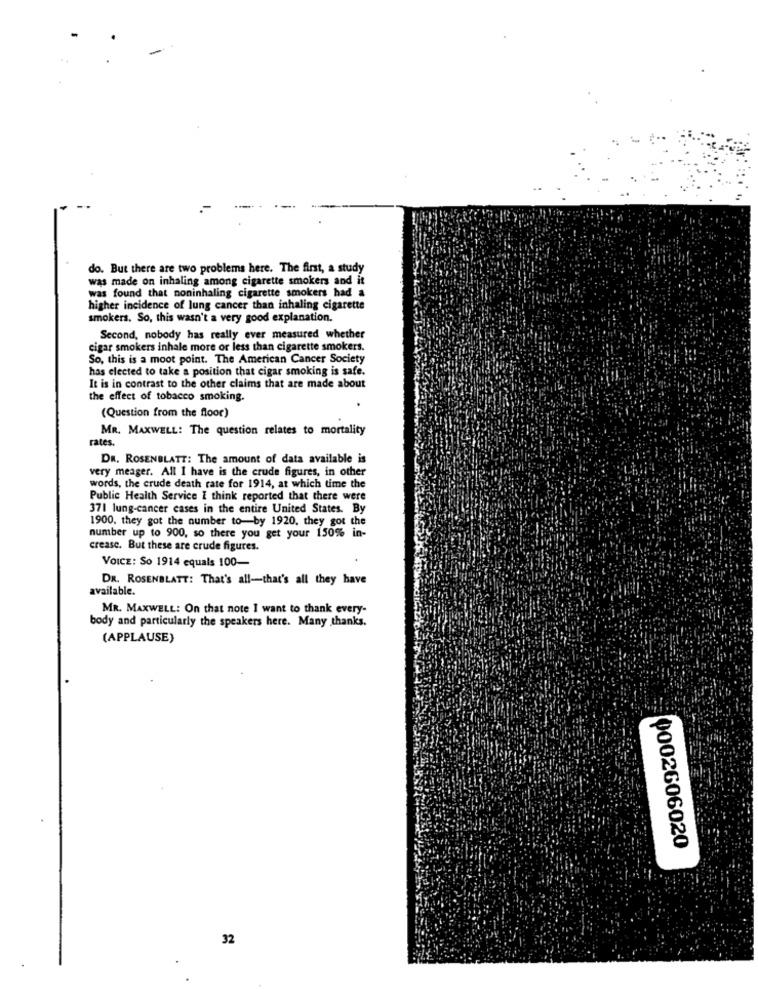
-
do. But there are two problems here. The first, a study
was made on inhaling among cigarette smokers and it
was found that noninhaling cigarette smokers had a
higher incidence of lung cancer than inhaling cigarette
smokers. So, this wasn't a very good explanation.
Second, nobody has really ever measured whether
cigar smokers inhale more or less than cigarette smokers.
So, this is a moot point. The American Cancer Society
has elected to take a position that cigar smoking is safe.
It is in contrast to the other claims that are made about
the effect of tobacco smoking.
(Question from the floor)
MR. MAXWELL: The question relates to mortality
rates.
DR. ROSENBLATT: The amount of data available is
very meager. All I have is the crude figures, in other
words, the crude death rate for 1914, at which time the
Public Health Service I think reported that there were
371 lung-cancer cases in the entire United States. By
1900. they got the number to-by 1920, they got the
number up to 900, so there you get your 150% in-
crease. But these are crude figures.
VOICE: So 1914 equals 100-
DR. ROSENBLATT: That's all-that's all they have
available.
MR. MAXWELL: On that note I want to thank every-
body and particularly the speakers here. Many thanks.
(APPLAUSE)
0002606020
32